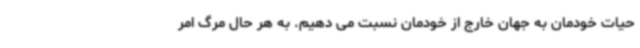
حیات خودمان به جهان خارج از خودمان نسبت می دهیم. به هر حال مرگ امر